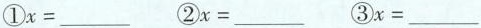
①x=___ ②x=___ ③x=___